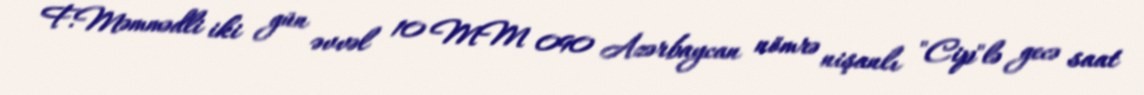
F.Məmmədli iki gün əvvəl 10 MM 090 Azərbaycan nömrə nişanlı "Cip"lə gecə saat